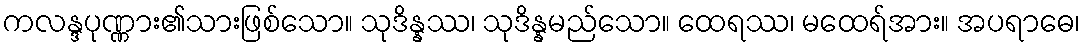
ကလန္ဒပုဏ္ဏား၏သားဖြစ်သော။ သုဒိန္နဿ၊ သုဒိန္နမည်သော။ ထေရဿ၊ မထေရ်အား။ အပရာဓေ၊